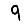
Digit: 9